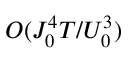
O ( J _ { 0 } ^ { 4 } T / U _ { 0 } ^ { 3 } )